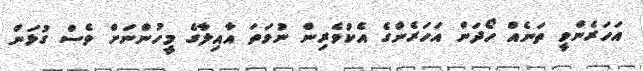
އަހަރެންވީ ތަނެއް ހޯދަން އަހަރެންގެ އެކުވެރިން ނުވަތަ އާއިލާގެ މީހުންނަށް ވެސް ގުޅަން